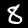
Label: 8